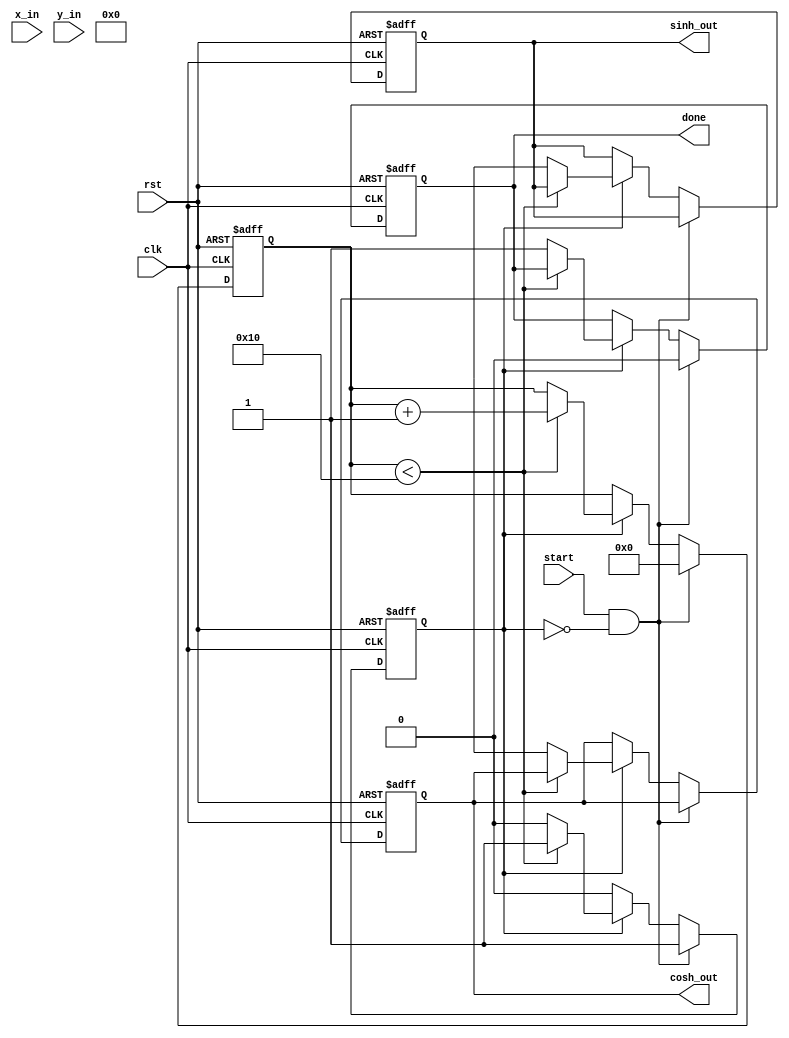
module hyperbolic_cordic (
    input wire clk,
    input wire rst,
    input wire start,
    input wire [15:0] x_in, // Input for x (cosh)
    input wire [15:0] y_in, // Input for y (sinh)
    output reg [15:0] cosh_out,
    output reg [15:0] sinh_out,
    output reg done
);

    // Parameters
    parameter NUM_ITERATIONS = 16;
    parameter ANGLE_WIDTH = 16;

    // Internal registers
    reg [15:0] x [0:NUM_ITERATIONS-1];
    reg [15:0] y [0:NUM_ITERATIONS-1];
    reg [ANGLE_WIDTH-1:0] angles [0:NUM_ITERATIONS-1]; // Angle lookup table
    reg [3:0] iteration;
    reg [15:0] scaling_factor;
    reg running;

    // Initialize angles for arctanh (in fixed-point representation)
    initial begin
        angles[0] = 16'h1C71; // atan(1/2^0)
        angles[1] = 16'h0D9A; // atan(1/2^1)
        angles[2] = 16'h05A8; // atan(1/2^2)
        angles[3] = 16'h0282; // atan(1/2^3)
        angles[4] = 16'h0141; // atan(1/2^4)
        angles[5] = 16'h00A0; // atan(1/2^5)
        angles[6] = 16'h0050; // atan(1/2^6)
        angles[7] = 16'h0028; // atan(1/2^7)
        angles[8] = 16'h0014; // atan(1/2^8)
        angles[9] = 16'h000A; // atan(1/2^9)
        angles[10] = 16'h0005; // atan(1/2^10)
        angles[11] = 16'h0002; // atan(1/2^11)
        angles[12] = 16'h0001; // atan(1/2^12)
        angles[13] = 16'h0001; // atan(1/2^13)
        angles[14] = 16'h0000; // atan(1/2^14)
        angles[15] = 16'h0000; // atan(1/2^15)
    end

    // Scaling factor for hyperbolic functions
    initial begin
        scaling_factor = 16'h1C71; // Approximation for 1/sqrt(1 + 1/2^2)
    end

    // CORDIC iteration logic
    always @(posedge clk or posedge rst) begin
        if (rst) begin
            iteration <= 0;
            running <= 0;
            done <= 0;
            cosh_out <= 0;
            sinh_out <= 0;
        end else if (start && !running) begin
            // Initialize inputs
            x[0] <= x_in;
            y[0] <= y_in;
            iteration <= 0;
            running <= 1;
            done <= 0;
        end else if (running) begin
            if (iteration < NUM_ITERATIONS) begin
                // Perform CORDIC rotation
                if (y[iteration] < 0) begin
                    x[iteration + 1] <= x[iteration] + (y[iteration] >>> iteration);
                    y[iteration + 1] <= y[iteration] + (x[iteration] >>> iteration);
                end else begin
                    x[iteration + 1] <= x[iteration] - (y[iteration] >>> iteration);
                    y[iteration + 1] <= y[iteration] - (x[iteration] >>> iteration);
                end
                iteration <= iteration + 1;
            end else begin
                // Final output calculation
                cosh_out <= (x[NUM_ITERATIONS] * scaling_factor) >>> 8; // Adjust scaling
                sinh_out <= (y[NUM_ITERATIONS] * scaling_factor) >>> 8; // Adjust scaling
                done <= 1;
                running <= 0;
            end
        end
    end
endmodule